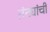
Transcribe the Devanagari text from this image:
तंट्यांची